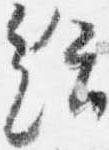
給